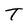
Character: T